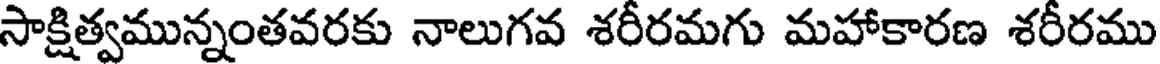
సాక్షిత్వమున్నంతవరకు నాలుగవ శరీరమగు మహాకారణ శరీరము